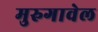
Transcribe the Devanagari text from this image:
मुरुगावेल